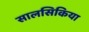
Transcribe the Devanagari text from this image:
सालसिकिया